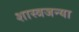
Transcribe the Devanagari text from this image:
शास्त्रजन्या